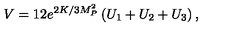
V = 1 2 e ^ { 2 K / 3 M _ { P } ^ { 2 } } \left( U _ { 1 } + U _ { 2 } + U _ { 3 } \right) ,